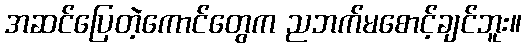
အဆင်ပြေတဲ့ကောင်တွေက ညဘက်မစောင့်ချင်ဘူး။